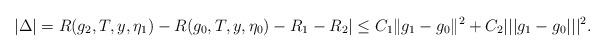
LaTeX: \begin{align*}|\Delta|=R(g_2,T,y,\eta_1)-R(g_0,T,y,\eta_0)-R_1-R_2|\leq C_1\|g_1-g_0\|^2+C_2|||g_1-g_0|||^2.\end{align*}